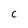
Character: c